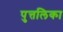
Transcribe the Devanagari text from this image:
पुत्तलिका